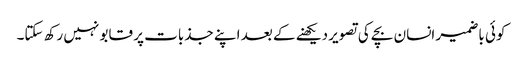
کوئی باضمیر انسان بچے کی تصویر دیکھنے کے بعد اپنے جذبات پر قابو نہیں رکھ سکتا۔